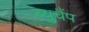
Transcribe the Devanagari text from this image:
ब्युचैंप